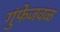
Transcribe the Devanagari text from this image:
गुंफेजवळ